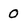
Character: 0